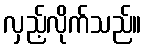
လှည့်လိုက်သည်။